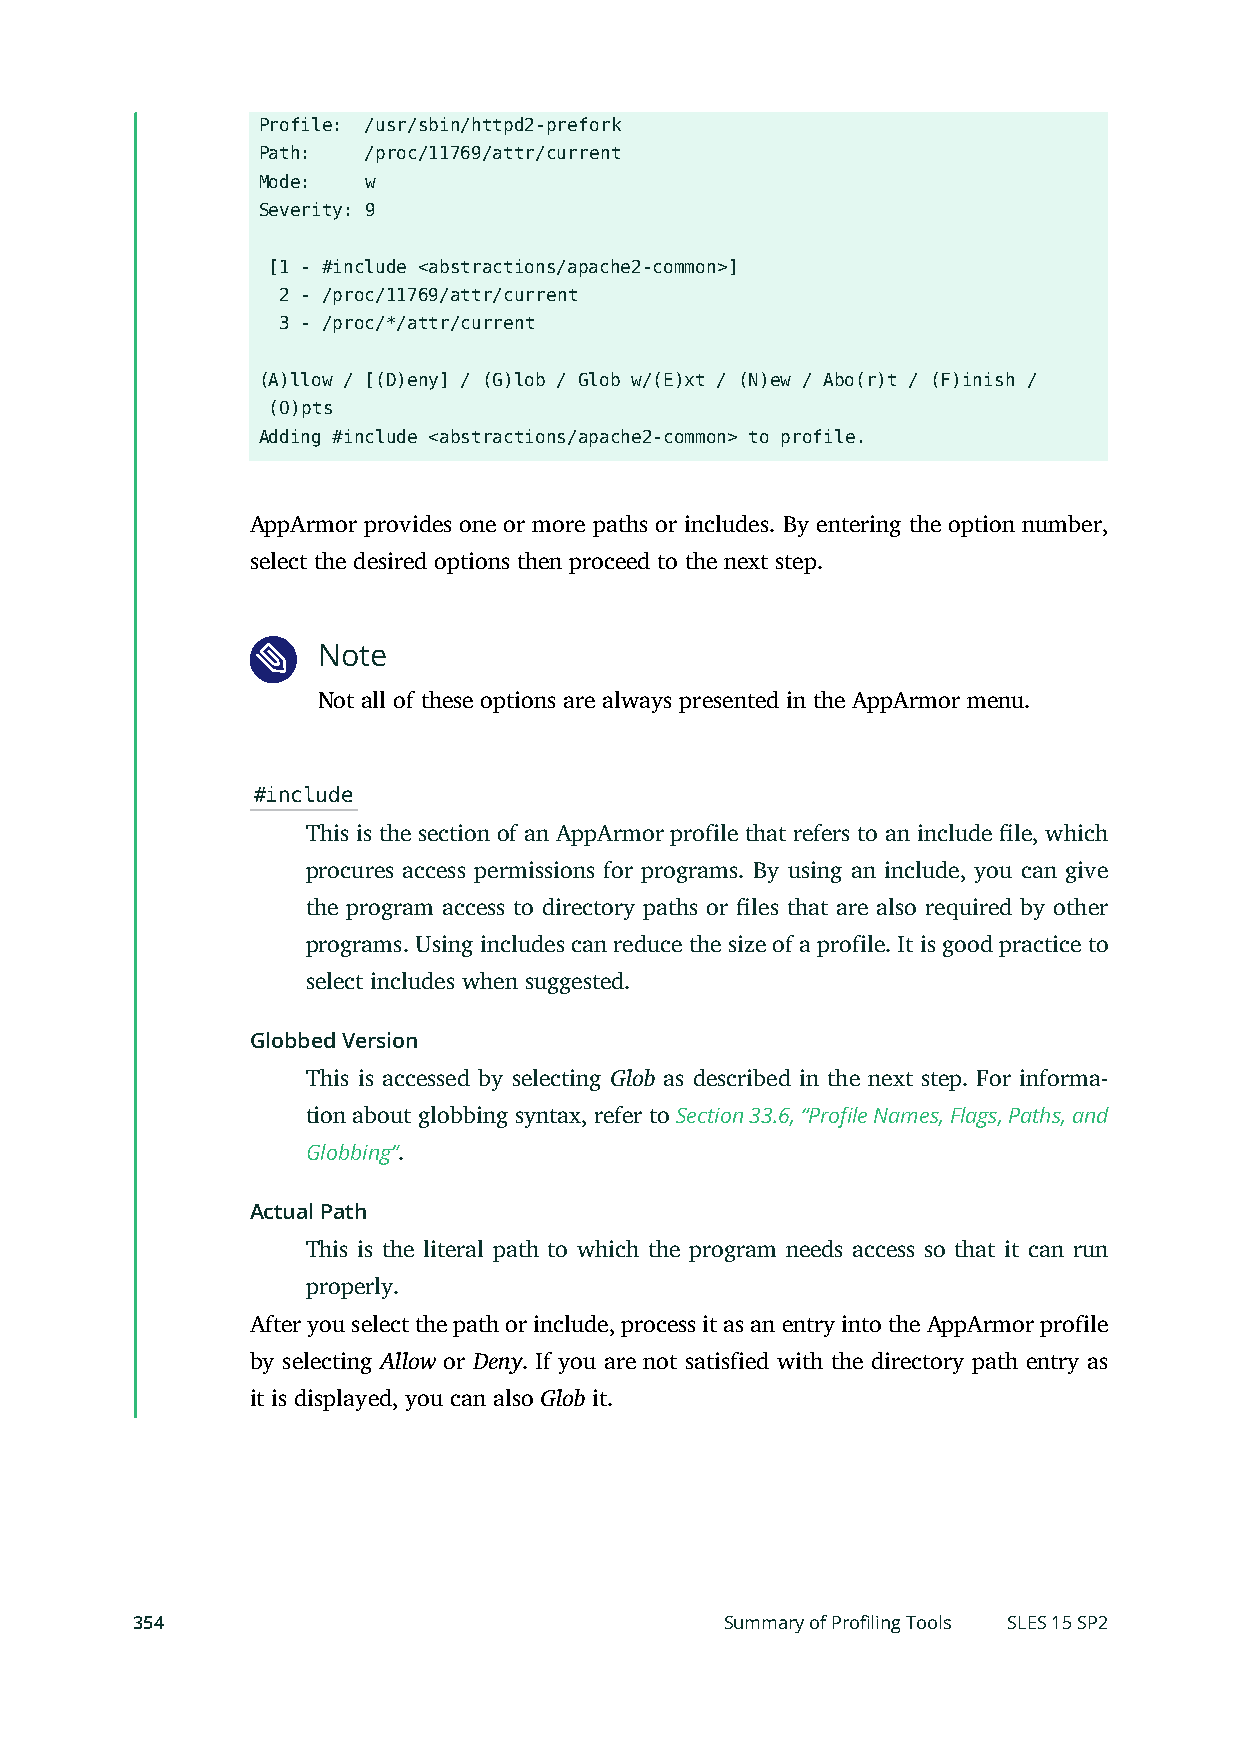
Profile: /usr/sbin/httpd2-prefork
 Path:  /proc/11769/attr/current
 Mode:  w
 Severity: 9
 [1 - #include <abstractions/apache2-common>]
 2 - /proc/11769/attr/current
 3 - /proc/*/attr/current
 (A)llow / [(D)eny] / (G)lob / Glob w/(E)xt / (N)ew / Abo(r)t / (F)inish /
 (O)pts
 Adding #include <abstractions/apache2-common> to profile.
 AppArmor provides one or more paths or includes. By entering the option number,
 select the desired options then proceed to the next step.
 Note
 Not all of these options are always presented in the AppArmor menu.
 #include
 This is the section of an AppArmor profile that refers to an include le, which
 procures access permissions for programs. By using an include, you can give
 the program access to directory paths or les that are also required by other
 programs. Using includes can reduce the size of a profile. It is good practice to
 select includes when suggested.
 Globbed Version
 This is accessed by selecting Glob as described in the next step. For informa-
 tion about globbing syntax, refer to Section 33.6, “Profile Names, Flags, Paths, and
 Globbing”.
 Actual Path
 This is the literal path to which the program needs access so that it can run
 properly.
 After you select the path or include, process it as an entry into the AppArmor profile
 by selecting Allow or Deny. If you are not satisfied with the directory path entry as
 it is displayed, you can also Glob it.
 354                                    Summary of Profiling Tools SLES 15 SP2